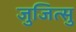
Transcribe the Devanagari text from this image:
जुजित्सु